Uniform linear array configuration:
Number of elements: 12
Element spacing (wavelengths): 0.5
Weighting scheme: kaiser
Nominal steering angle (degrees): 30
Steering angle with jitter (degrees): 28.25
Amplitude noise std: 0.05
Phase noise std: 0.05

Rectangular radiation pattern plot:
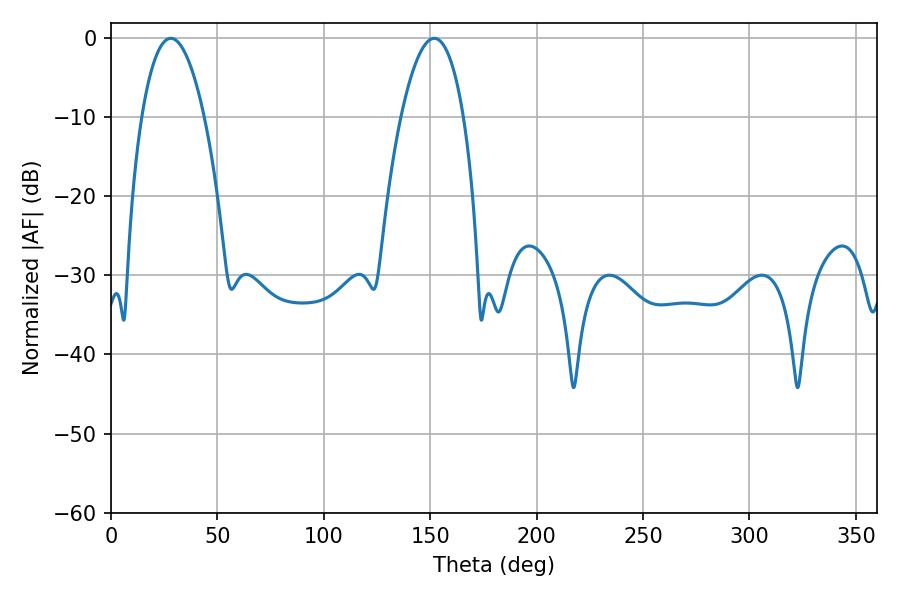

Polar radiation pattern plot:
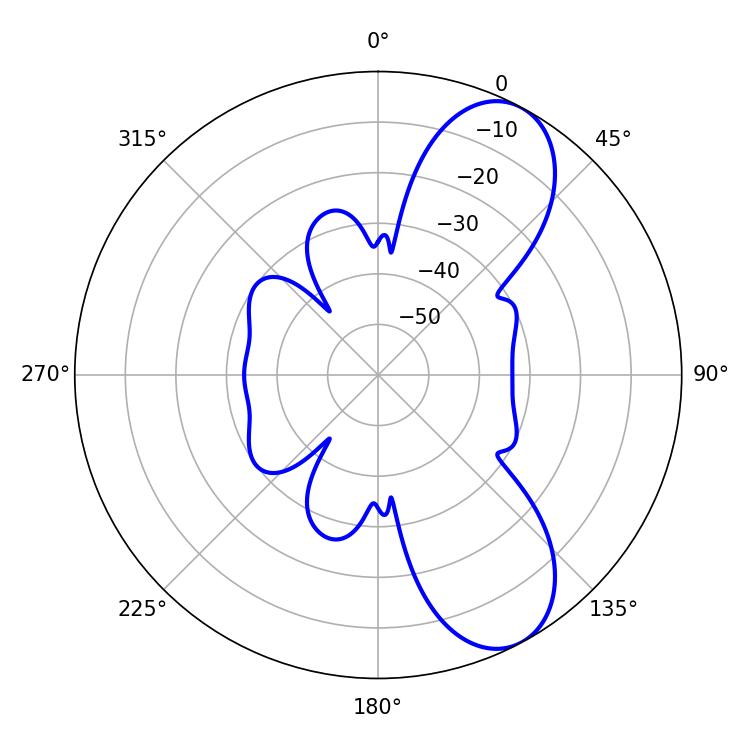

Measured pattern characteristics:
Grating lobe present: FALSE
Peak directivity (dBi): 8.407
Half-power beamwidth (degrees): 16.2
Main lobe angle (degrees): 28.08